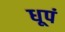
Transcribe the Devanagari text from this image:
धूपं